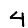
Digit: 4